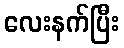
လေးနက်ပြီး